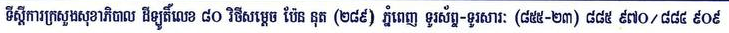
ទីស្តីការក្រសួងសុខាភិបាល ដីឡូតិ៍លេខ ៨០ វិថីសម្តេច ប៉ែន នុត (២៨៩) ភ្នំពេញ ទូរស័ព្ទ-ទូរសារ: (៨៥៥-២៣) ៨៨៥ ៩៧០/៨៨៩ ៩០៩